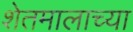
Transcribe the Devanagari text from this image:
शेतमालाच्या